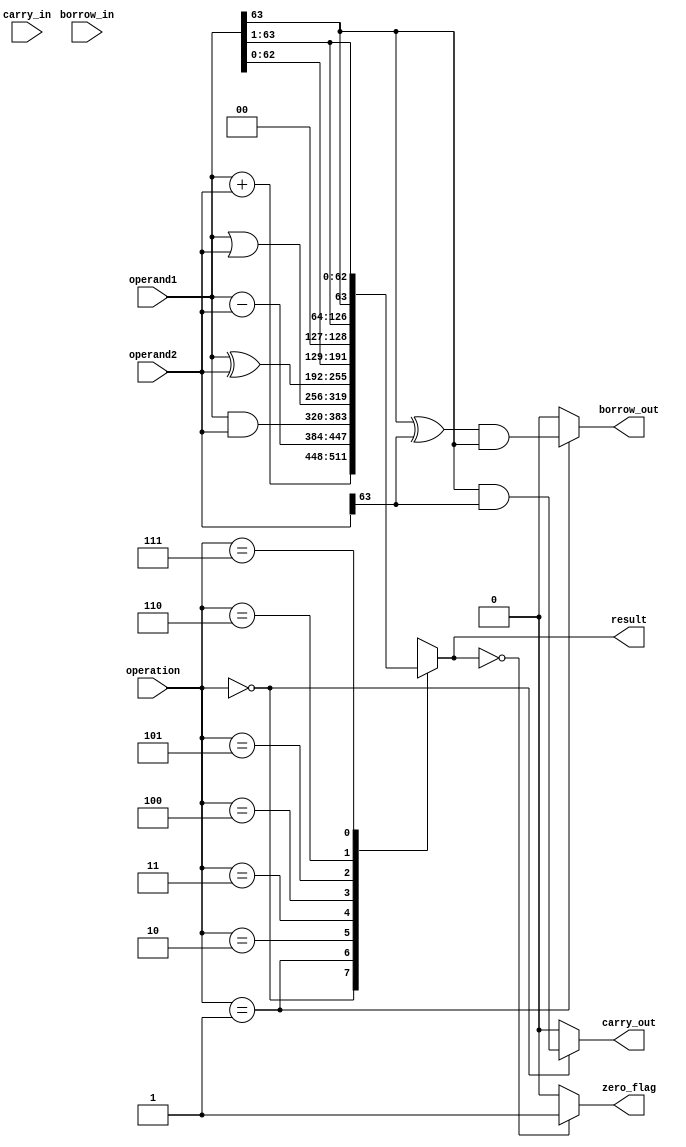
module ALU (
    input [63:0] operand1,
    input [63:0] operand2,
    input [2:0] operation,
    input carry_in,
    input borrow_in,
    output [63:0] result,
    output carry_out,
    output borrow_out,
    output zero_flag
);

reg [63:0] result;
reg carry_out, borrow_out, zero_flag;

always @(*) begin
    case(operation)
        3'b000: result = operand1 + operand2; // Addition
        3'b001: result = operand1 - operand2; // Subtraction
        3'b010: result = operand1 & operand2; // AND
        3'b011: result = operand1 | operand2; // OR
        3'b100: result = operand1 ^ operand2; // XOR
        3'b101: result = operand1 << 1; // Shift Left
        3'b110: result = operand1 >> 1; // Logical Right Shift
        3'b111: result = $signed(operand1) >>> 1; // Arithmetic Right Shift
    endcase
    
    carry_out = (operation == 3'b000) ? (operand1[63] & operand2[63]) : 0;
    borrow_out = (operation == 3'b001) ? ((operand1[63] ^ operand2[63]) & operand1[63]) : 0;
    zero_flag = (result == 64'b0) ? 1'b1 : 1'b0;
end

endmodule